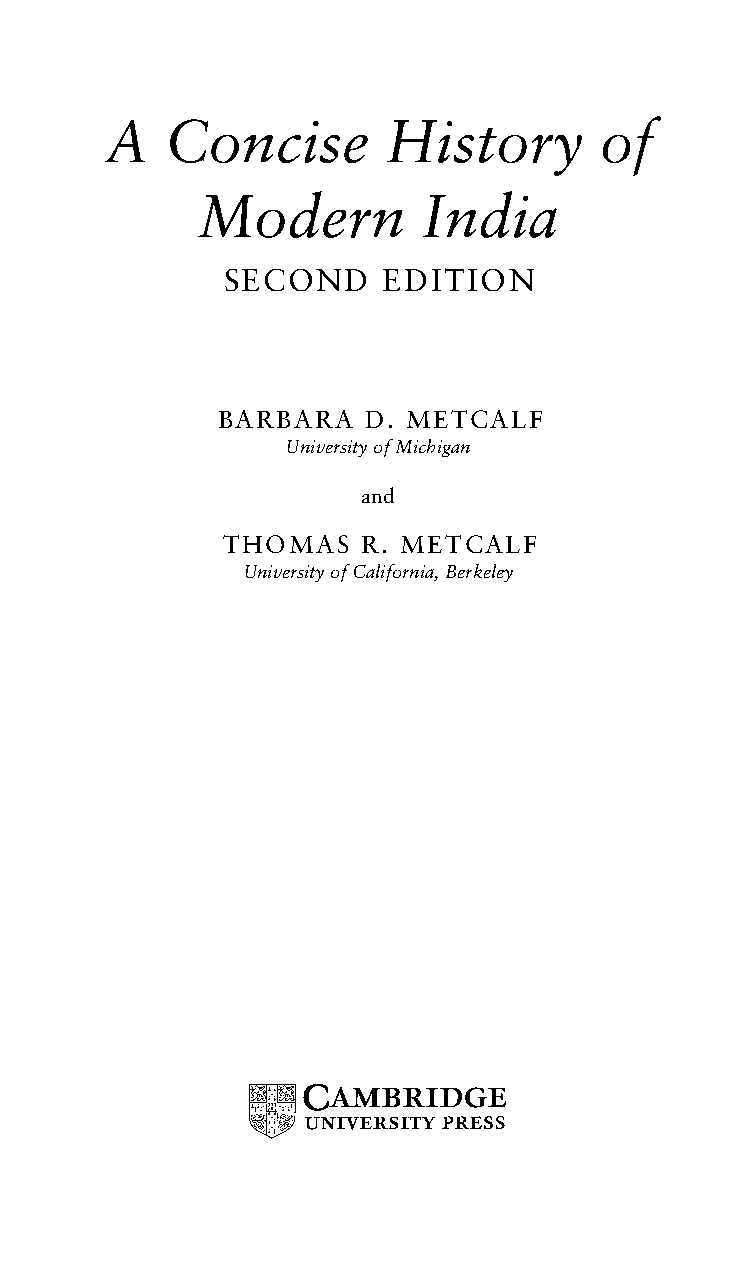
A   Concise        History       of
 Modern         India
 SECOND     EDITION
 BARBARA  D. METCALF
 UniversityofMichigan
 and
 THOMAS   R. METCALF
 UniversityofCalifornia,Berkeley